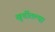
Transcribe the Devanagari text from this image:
खुर्चीतल्या